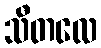
သီတလေ